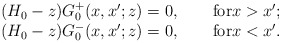
\begin{align*}\begin{array}{l}(H_0-z)G_0^+(x,x';z)=0,\qquad\mbox{for}x>x';\\(H_0-z)G_0^-(x,x';z)=0,\qquad\mbox{for}x<x'.\end{array}\end{align*}